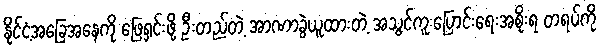
နိုင်ငံ့အခြေအနေကို ဖြေရှင်းဖို့ ဦးတည်တဲ့ အာဏာခွဲယူထားတဲ့ အသွင်ကူးပြောင်းရေးအစိုးရ တရပ်ကို